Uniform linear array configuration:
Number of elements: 64
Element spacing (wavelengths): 1
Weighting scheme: exponential
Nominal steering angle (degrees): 45
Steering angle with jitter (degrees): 46.954
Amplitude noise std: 0.05
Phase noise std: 0.05

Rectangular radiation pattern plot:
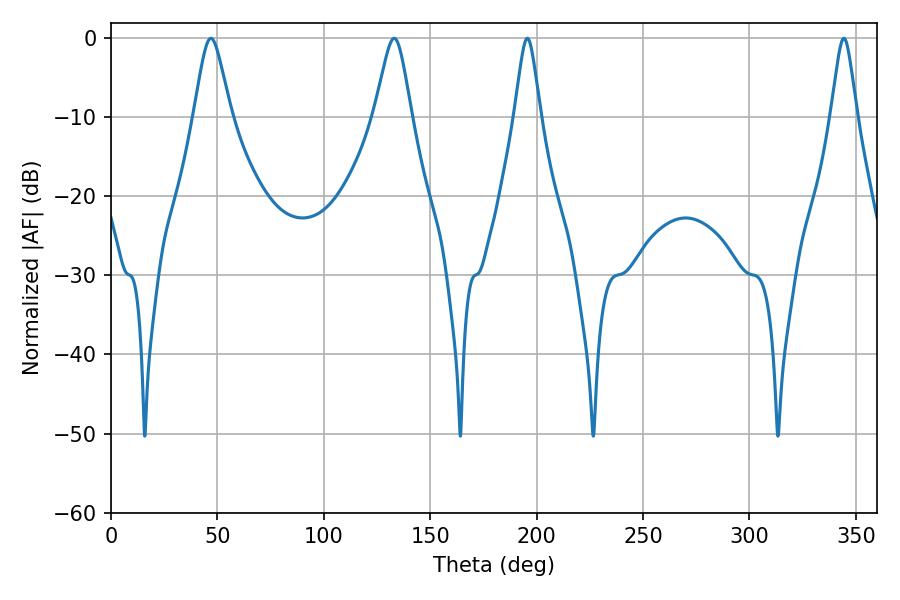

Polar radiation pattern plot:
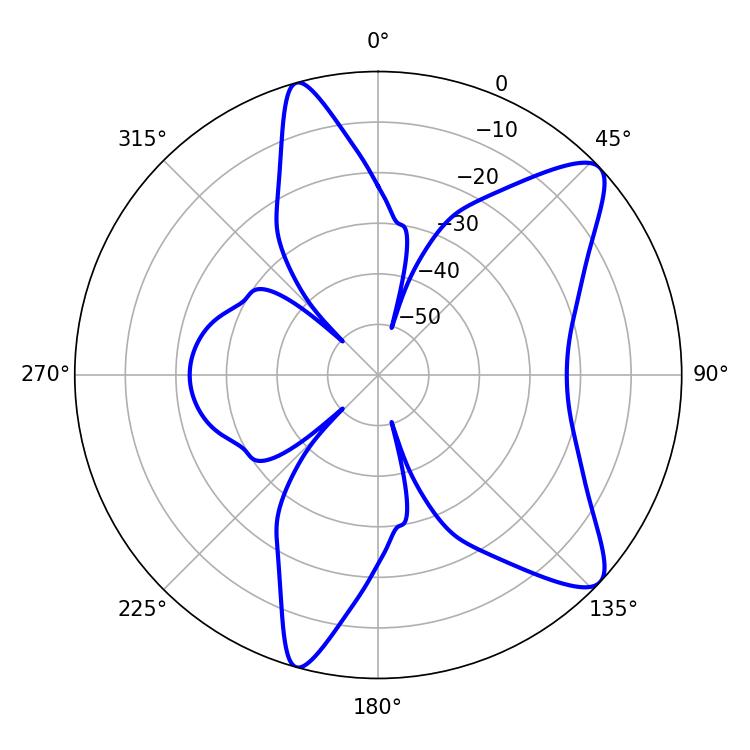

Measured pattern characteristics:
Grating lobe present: TRUE
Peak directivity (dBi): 10.012
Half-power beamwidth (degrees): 5.76
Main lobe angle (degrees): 195.66